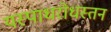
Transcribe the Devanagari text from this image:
यस्पाधरोधस्तन